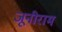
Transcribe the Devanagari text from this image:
जूनीराम